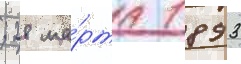
; 28 ма́рта 1893